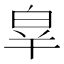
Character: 𤽝